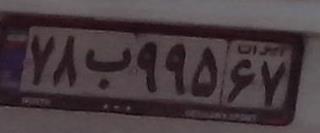
۷۸ب۹۹۵۶۷